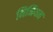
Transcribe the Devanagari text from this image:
निमियन